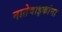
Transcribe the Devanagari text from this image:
नातेवाइकांना